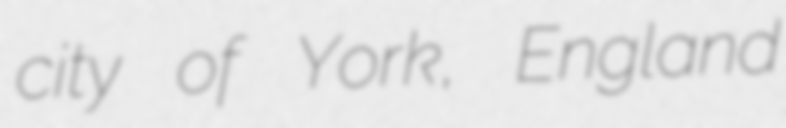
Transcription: city of York, England